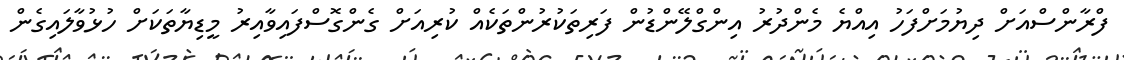
ފްރާންސްއަށް ދިޔުމަށްފަހު އިއްޔެ މެންދުރު އިންގްލޭންޑުން ފަރިތަކުރުންތަކެއް ކުރިއަށް ގެންގޮސްފައިވާއިރު މީޑިޔާތަކަށް ހުޅުވާލައިގެން